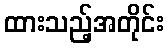
ထားသည့်အတိုင်း